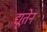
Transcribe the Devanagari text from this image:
द्यूतेन